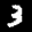
Label: 3